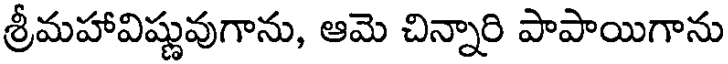
శ్రీమహావిష్ణువుగాను, ఆమె చిన్నారి పాపాయిగాను